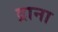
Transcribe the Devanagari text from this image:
द्राना